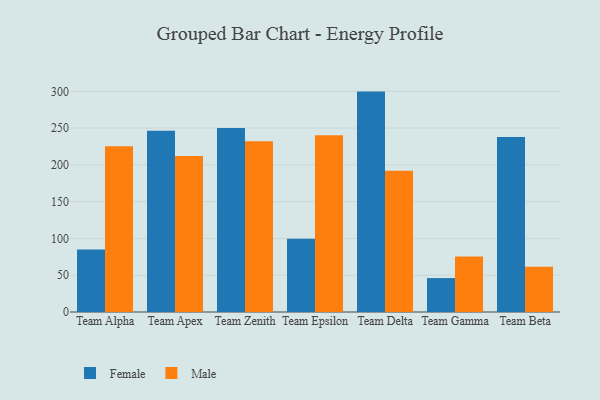
{"axis": {"x": "Team", "y": "Population (Million)"}, "legend": ["Female", "Male"], "data": [{"x": "Team Alpha", "y": 84.9, "type": "Female"}, {"x": "Team Alpha", "y": 225.3, "type": "Male"}, {"x": "Team Apex", "y": 246.4, "type": "Female"}, {"x": "Team Apex", "y": 212.1, "type": "Male"}, {"x": "Team Zenith", "y": 250.1, "type": "Female"}, {"x": "Team Zenith", "y": 232.0, "type": "Male"}, {"x": "Team Epsilon", "y": 99.5, "type": "Female"}, {"x": "Team Epsilon", "y": 240.1, "type": "Male"}, {"x": "Team Delta", "y": 299.6, "type": "Female"}, {"x": "Team Delta", "y": 192.1, "type": "Male"}, {"x": "Team Gamma", "y": 46.1, "type": "Female"}, {"x": "Team Gamma", "y": 75.6, "type": "Male"}, {"x": "Team Beta", "y": 237.8, "type": "Female"}, {"x": "Team Beta", "y": 61.6, "type": "Male"}]}